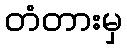
တံတားမှ